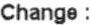
CHANGE :